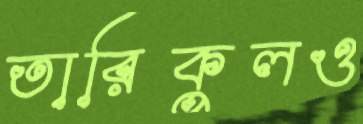
তারিকুলও